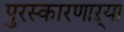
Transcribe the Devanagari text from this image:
पुरस्कारणाऱ्या